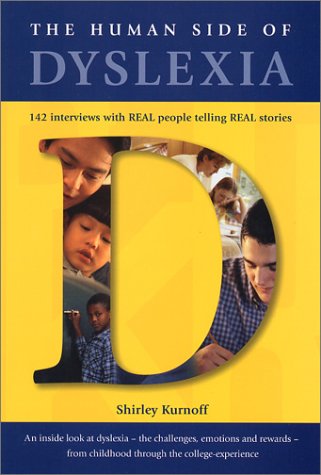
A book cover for The Human Side of Dyslexia: 142 Interviews with Real People Telling Real Stories About Their Coping Strategies with Dyslexia - Kindergarten through College; Shirley Kurnoff; Parenting & Relationships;